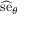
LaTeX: { \widehat { \mathrm { s e } } } _ { \theta }